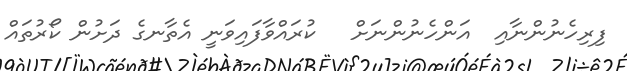
ފިރިހެނުންނާއި  އަންހެނުންނަށް   ކުރައްވާފައިވަނީ އެތާނގެ ދަށުން ކޯރުތައް